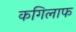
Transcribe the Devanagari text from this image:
कगिलाफ